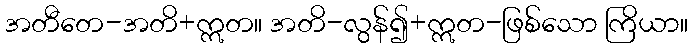
အတီတေ-အတိ+ဣတ။ အတိ-လွန်၍+ဣတ-ဖြစ်သော ကြိယာ။